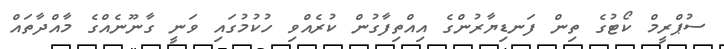
ސުޕްރީމް ކޯޓުގެ ތިން ފަނޑިޔާރުންގެ އިއްތިފާގުން ކުރެއްވި ހުކުމުގައި ވަނީ ގާނޫނެއްގެ މާއްދާތައް